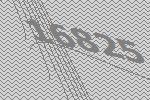
16825